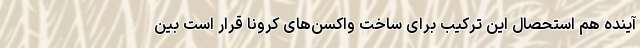
آینده هم استحصال این ترکیب برای ساخت واکسن‌های کرونا قرار است بین